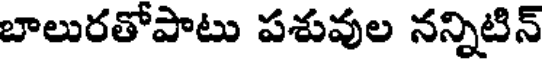
బాలురతోపాటు పశువుల నన్నిటిన్